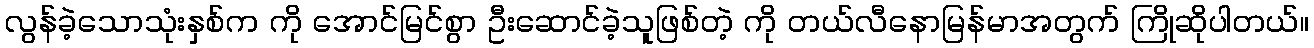
လွန်ခဲ့သောသုံးနှစ်က ကို အောင်မြင်စွာ ဦးဆောင်ခဲ့သူဖြစ်တဲ့ ကို တယ်လီနောမြန်မာအတွက် ကြိုဆိုပါတယ်။